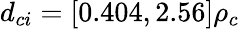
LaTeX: d_{ci}=[0.404,2.56]\rho_{c}